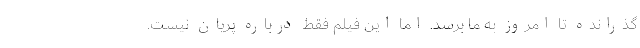
گذرانده تا امروز به ما برسد. اما این فیلم فقط درباره پریان نیست.